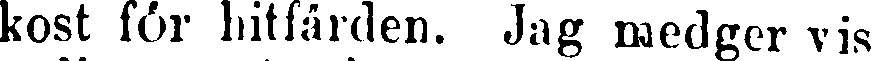
kost för hitfärden. Jag medger vis